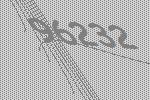
96232